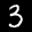
Label: 3